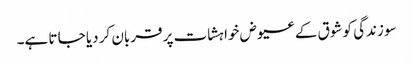
سو زندگی کو شوق کے عیوض خواہشات پر قربان کر دیا جا تا ہے۔